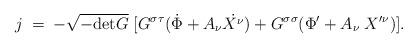
LaTeX: \begin{align*}j\;=\;-\sqrt{-\mbox{det}G}\;[G^{\sigma\tau}(\dot{\Phi}+A_\nu\dot{X^{\nu}})+G^{\sigma\sigma}(\Phi^{\prime}+A_\nu\;X^{\prime\nu})].\end{align*}